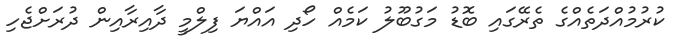
ކުރުމުއްދަތެއްގެ ތެރޭގައި ބޮޑު މަގުބޫލު ކަމެއް ހޯދި އައްޔަ ފިލްމީ ދާއިރާއިން ދުރަށްޖެހި